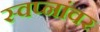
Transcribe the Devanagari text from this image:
स्वप्नांवर